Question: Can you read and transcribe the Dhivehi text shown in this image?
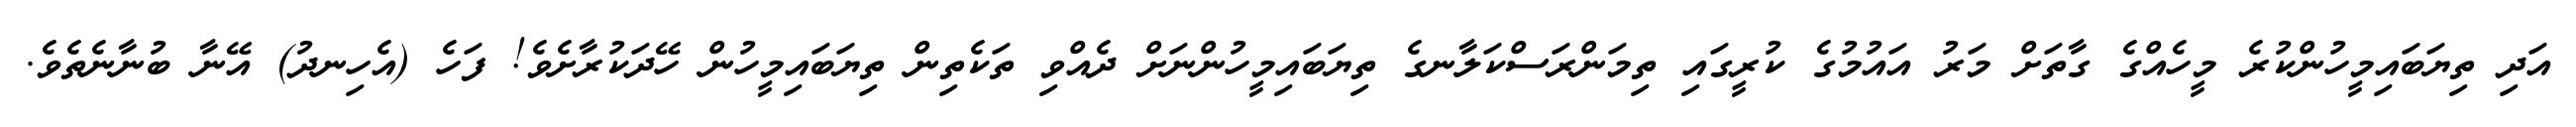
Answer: އަދި ތިޔަބައިމީހުންކުރެ މީހެއްގެ ގާތަށް މަރު އައުމުގެ ކުރީގައި ތިމަންރަސްކަލާނގެ ތިޔަބައިމީހުންނަށް ދެއްވި ތަކެތިން ތިޔަބައިމީހުން ހޭދަކުރާށެވެ! ފަހެ (އެހިނދު) އޭނާ ބުނާނެތެވެ.